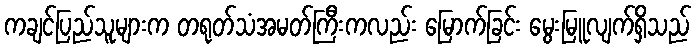
ကချင်ပြည်သူများက တရုတ်သံအမတ်ကြီးကလည်း မြောက်ခြင်း မွေးမြူလျက်ရှိသည်